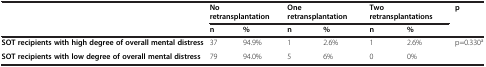
<table><thead><tr><td><b> </b></td><td colspan="2"><b>No retransplantation</b></td><td colspan="2"><b>One retransplantation</b></td><td colspan="2"><b>Two retransplantations</b></td><td><b>p</b></td></tr><tr><td><b> </b></td><td><b>n</b></td><td><b>%</b></td><td><b>n</b></td><td><b>%</b></td><td><b>n</b></td><td><b>%</b></td><td><b> </b></td></tr></thead><tbody><tr><td><b>SOT recipients with high degree of overall mental distress</b></td><td>37</td><td>94.9%</td><td>1</td><td>2.6%</td><td>1</td><td>2.6%</td><td>p=0.330<sup>a</sup></td></tr><tr><td><b>SOT recipients with low degree of overall mental distress</b></td><td>79</td><td>94.0%</td><td>5</td><td>6%</td><td>0</td><td>0%</td><td> </td></tr></tbody></table>